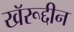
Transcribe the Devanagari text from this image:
खॅरूद्दीन